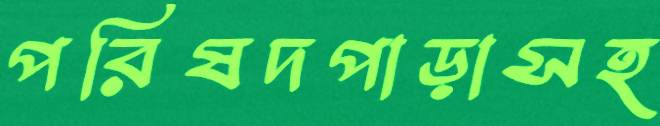
পরিষদপাড়াসহ